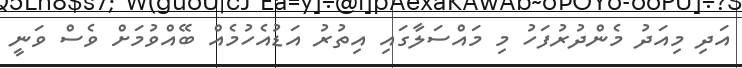
އަދި މިއަދު މެންދުރުފަހު މި މައްސަލާގައި އިތުރު އަޑުއެހުމެއް ބޭއްވުމަށް ވެސް ވަނީ